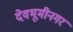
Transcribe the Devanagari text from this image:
देवभूमीनगर